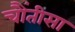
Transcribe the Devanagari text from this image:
चौंतीसा